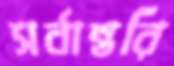
সর্বান্তরি